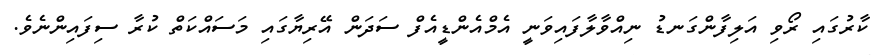
ކާރުގައި ރޯވި އަލިފާންގަނޑު ނިއްވާލާފައިވަނީ އެމްއެންޑީއެފް ސަދަން އޭރިޔާގައި މަސައްކަތް ކުރާ ސިފައިންނެވެ.